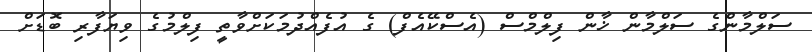
ސަލްމާންގެ ސަލްމާން ޚާން ފިލްމްސް (އެސްކޭއެފް) ގެ އުފެއްދުމަކަށްވާތީ ފިލްމުގެ ވިޔަފާރި ބޮޑަށް